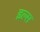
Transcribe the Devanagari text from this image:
इल्स